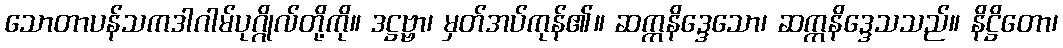
သောတာပန်သကဒါဂါမ်ပုဂ္ဂိုလ်တို့ကို။ ဒဋ္ဌဗ္ဗာ၊ မှတ်အပ်ကုန်၏။ ဆက္ကနိဒ္ဒေသော၊ ဆက္ကနိဒ္ဒေသသည်။ နိဋ္ဌိတော၊